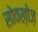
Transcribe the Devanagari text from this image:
सोवख़ोज़